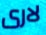
لارى